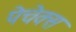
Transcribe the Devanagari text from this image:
पेचेक्स